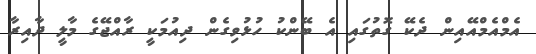
އެމްއެމްއޭއިން ދެކޭ ގޮތުގައި އެ ބޭންކު ހުޅުވިގެން ދިއުމަކީ ރާއްޖޭގެ މާލީ ދާއިރާ